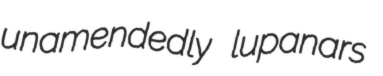
unamendedly lupanars